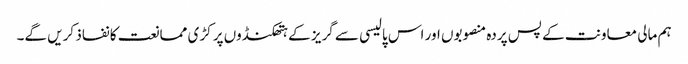
ہم مالی معاونت کے پس پردہ منصوبوں اور اس پالیسی سے گریز کے ہتھکنڈوں پر کڑی ممانعت کا نفاذ کریں گے۔